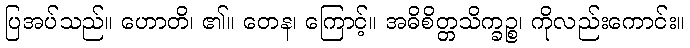
ပြအပ်သည်။ ဟောတိ၊ ၏။ တေန၊ ကြောင့်။ အဓိစိတ္တသိက္ခဉ္စ၊ ကိုလည်းကောင်း။